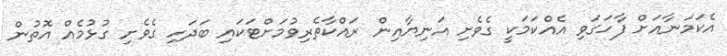
އެކަމަނާއަށް ފާހަގަވި އެއްކަމަކީ ގެވެށި އަނިޔާއިން ރައްކާތެރިވުމަށްޓަކައި ބަދަހި ގެވެށި ގުޅުމެއް އޮތުން